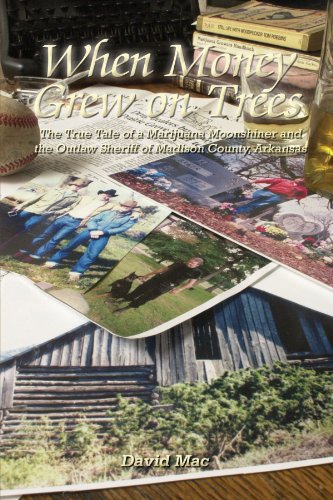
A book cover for When Money Grew on Trees: The True Tale of a Marijuana Moonshiner and the Outlaw Sheriff of Madison County, Arkansas; David Mac; Biographies & Memoirs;